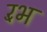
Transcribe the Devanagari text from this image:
रँभ